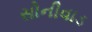
સોનીવાડ